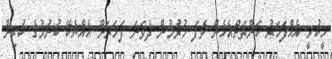
ހީކުރީ އެއްފަހަރު ކަންތަށްއެހެން ވެފަ ހުރުމުން ދެވަނަ ފަހަރަށް އެއްޗެކޭ ބުނުމުގެ ކުރިން